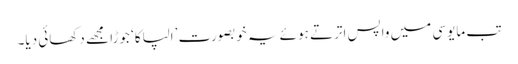
تب مایوسی میں واپس اترتے ہوئے یہ خوبصورت ’الپاکا‘ جوڑا مجھے دکھائی دیا۔